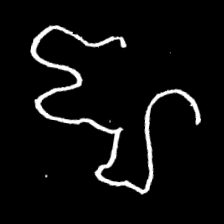
Pyu character \u2014 Myanmar letter: ဈ (romanized: jha)